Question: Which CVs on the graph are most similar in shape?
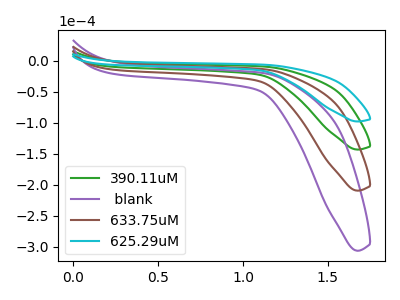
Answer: <think>The green curve "390.11uM" has no peaks. The purple curve " blank" has no peaks. The brown curve "633.75uM" has no peaks. The cyan curve "625.29uM" has no peaks.
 Neither "390.11uM" or " blank" have any peaks. Neither "390.11uM" or "633.75uM" have any peaks. Neither "390.11uM" or "625.29uM" have any peaks. Neither " blank" or "633.75uM" have any peaks. Neither " blank" or "625.29uM" have any peaks. Neither "633.75uM" or "625.29uM" have any peaks.</think>
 <answer>"625.29uM", "390.11uM", " blank" and "633.75uM" have the same shape and are likely CV's of the same chemical.</answer>
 <eval>"625.29uM" "390.11uM" " blank" "633.75uM"</eval>